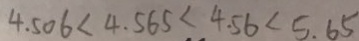
4 . 5 0 6 < 4 . 5 6 5 < 4 . 5 6 < 5 . 6 5